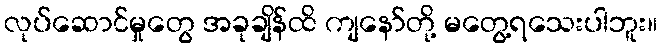
လုပ်ဆောင်မှုတွေ အခုချိန်ထိ ကျနော်တို့ မတွေ့ရသေးပါဘူး။